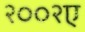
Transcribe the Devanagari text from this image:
२००२ए